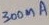
Text: 300mA